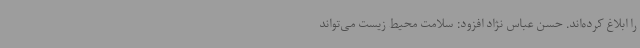
را ابلاغ کرده‌اند. حسن عباس نژاد افزود: سلامت محیط ‌زیست می‌تواند